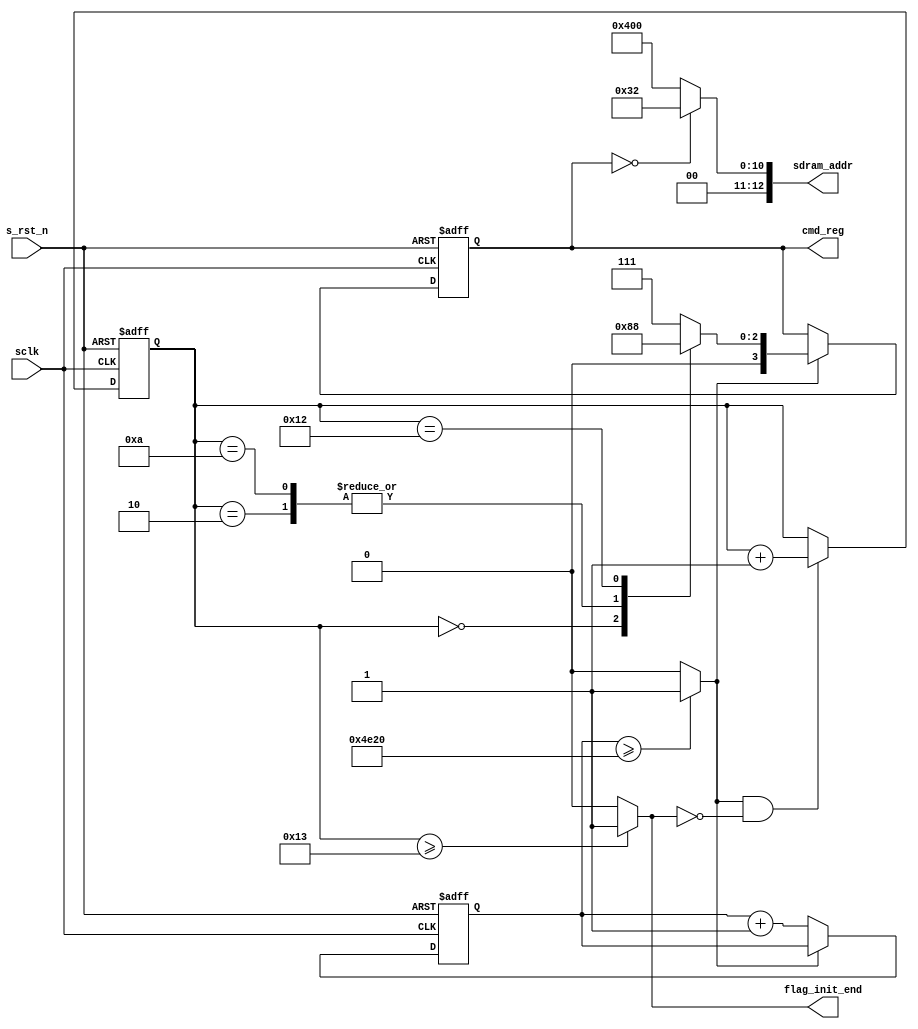
module sdram_init (
	input               sclk,
	input               s_rst_n,

	output reg [3:0]    cmd_reg,
	output wire [12:0]  sdram_addr,
	output wire         flag_init_end
);
localparam  DELAY_200us = 20000;
localparam  NOP = 4'b0111;
localparam  PRE = 4'b0010;
localparam  AREF = 4'b0001;
localparam  MSET = 4'b0000;


reg [14:0]      cnt_200us;
wire            flag_200us;
reg [4:0]       cnt_cmd;

always @(posedge sclk or negedge s_rst_n) begin
	if(s_rst_n == 1'b0)
		cnt_200us <= 'd0;
	else if(flag_200us == 1'b0)
		cnt_200us <= cnt_200us + 1'b1; 
end 

always @(posedge sclk or negedge s_rst_n) begin
	if(s_rst_n == 1'b0)
		cnt_cmd <= 'd0;
	else if(flag_200us == 1'b1 && flag_init_end == 1'b0)
		cnt_cmd <= cnt_cmd + 1;
end 

always @(posedge sclk or negedge s_rst_n) begin
	if(s_rst_n == 1'b0)
		cmd_reg <= NOP;
	else if(flag_200us == 1'b1)
		case (cnt_cmd)
			0:	cmd_reg <= PRE;
			2:	cmd_reg <= AREF;
			10:	cmd_reg <= AREF;
			18:	cmd_reg <= MSET;
			default:	cmd_reg <= NOP; 
		endcase 
end

assign flag_init_end = (cnt_cmd >= 'd19) ? 1'b1 : 1'b0;
assign sdram_addr = (cmd_reg == MSET) ? 13'b0_0000_0011_0010 : 13'b0_0100_0000_0000;
assign flag_200us = (cnt_200us >= DELAY_200us) ? 1'b1 : 1'b0;

endmodule